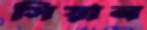
সিয়ান